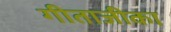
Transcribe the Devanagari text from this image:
गीताजीका